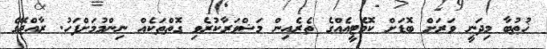
ޚުޠުބާ މިދަނީ ވަރަށް ބޮޑަށް ކޮމެޓީއެއްގެ ތެރެއިން މަޝްވަރާކުރެވި ގޮތްތަކެއް ނިންމުމަށްފަހު. ރާއްޖޭގެ